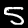
Digit: 5